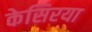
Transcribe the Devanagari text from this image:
केसिरया